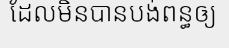
ដែលមិនបានបង់ពន្ធឲ្យ